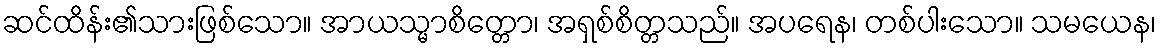
ဆင်ထိန်း၏သားဖြစ်သော။ အာယသ္မာစိတ္တော၊ အရှစ်စိတ္တသည်။ အပရေန၊ တစ်ပါးသော။ သမယေန၊